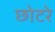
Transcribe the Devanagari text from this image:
छोटरे